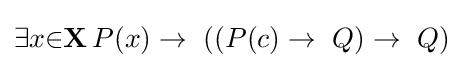
\exists {x}{\in }\mathbf {X} \,P(x)\to \ ((P(c)\to \ Q)\to \ Q)